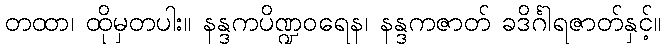
တထာ၊ ထိုမှတပါး။ နန္ဒကပိဏ္ဍဝရေန၊ နန္ဒကဇာတ် ခဒိင်္ဂါရဇာတ်နှင့်။